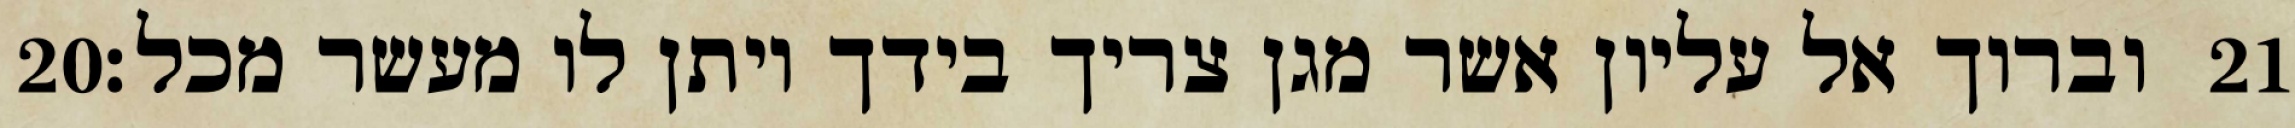
‎20‏ וברוך אל עליון אשר מגן צריך בידך ויתן לו מעשר מכל׃ ‎21‏